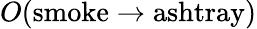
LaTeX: O(\mathrm{smoke}\rightarrow\mathrm{ashtray})